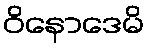
ဝိနောဒေမိ